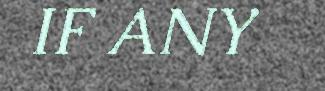
IF ANY